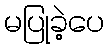
မပြုခဲ့ပေ